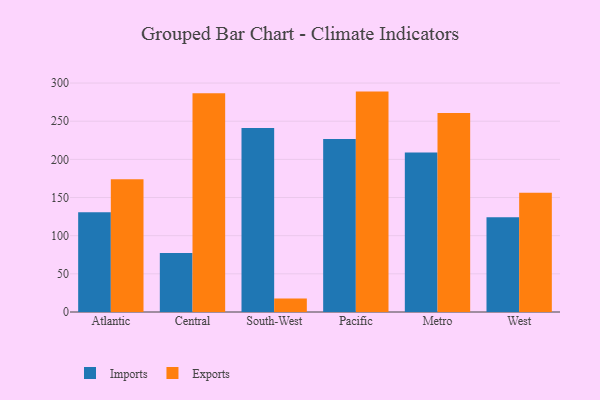
{"axis": {"x": "Region", "y": "Shipments"}, "legend": ["Exports", "Imports"], "data": [{"x": "Atlantic", "y": 130.7, "type": "Imports"}, {"x": "Atlantic", "y": 174.1, "type": "Exports"}, {"x": "Central", "y": 77.3, "type": "Imports"}, {"x": "Central", "y": 286.6, "type": "Exports"}, {"x": "South-West", "y": 241.1, "type": "Imports"}, {"x": "South-West", "y": 17.6, "type": "Exports"}, {"x": "Pacific", "y": 226.6, "type": "Imports"}, {"x": "Pacific", "y": 288.8, "type": "Exports"}, {"x": "Metro", "y": 209.0, "type": "Imports"}, {"x": "Metro", "y": 260.6, "type": "Exports"}, {"x": "West", "y": 124.3, "type": "Imports"}, {"x": "West", "y": 156.1, "type": "Exports"}]}